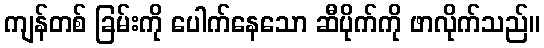
ကျန်တစ် ခြမ်းကို ပေါက်နေသော ဆီပိုက်ကို ဖာလိုက်သည်။